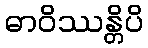
ဓာဝိဿန္တိပိ